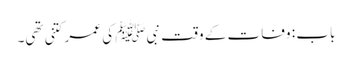
باب : وفات کے وقت نبیﷺ کی عمر کتنی تھی۔